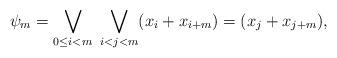
LaTeX: \begin{align*} \psi_m = \bigvee_{0 \leq i < m} \ \bigvee_{i < j < m} (x_i + x_{i+m}) = (x_j + x_{j+m}), \end{align*}